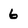
Character: 6